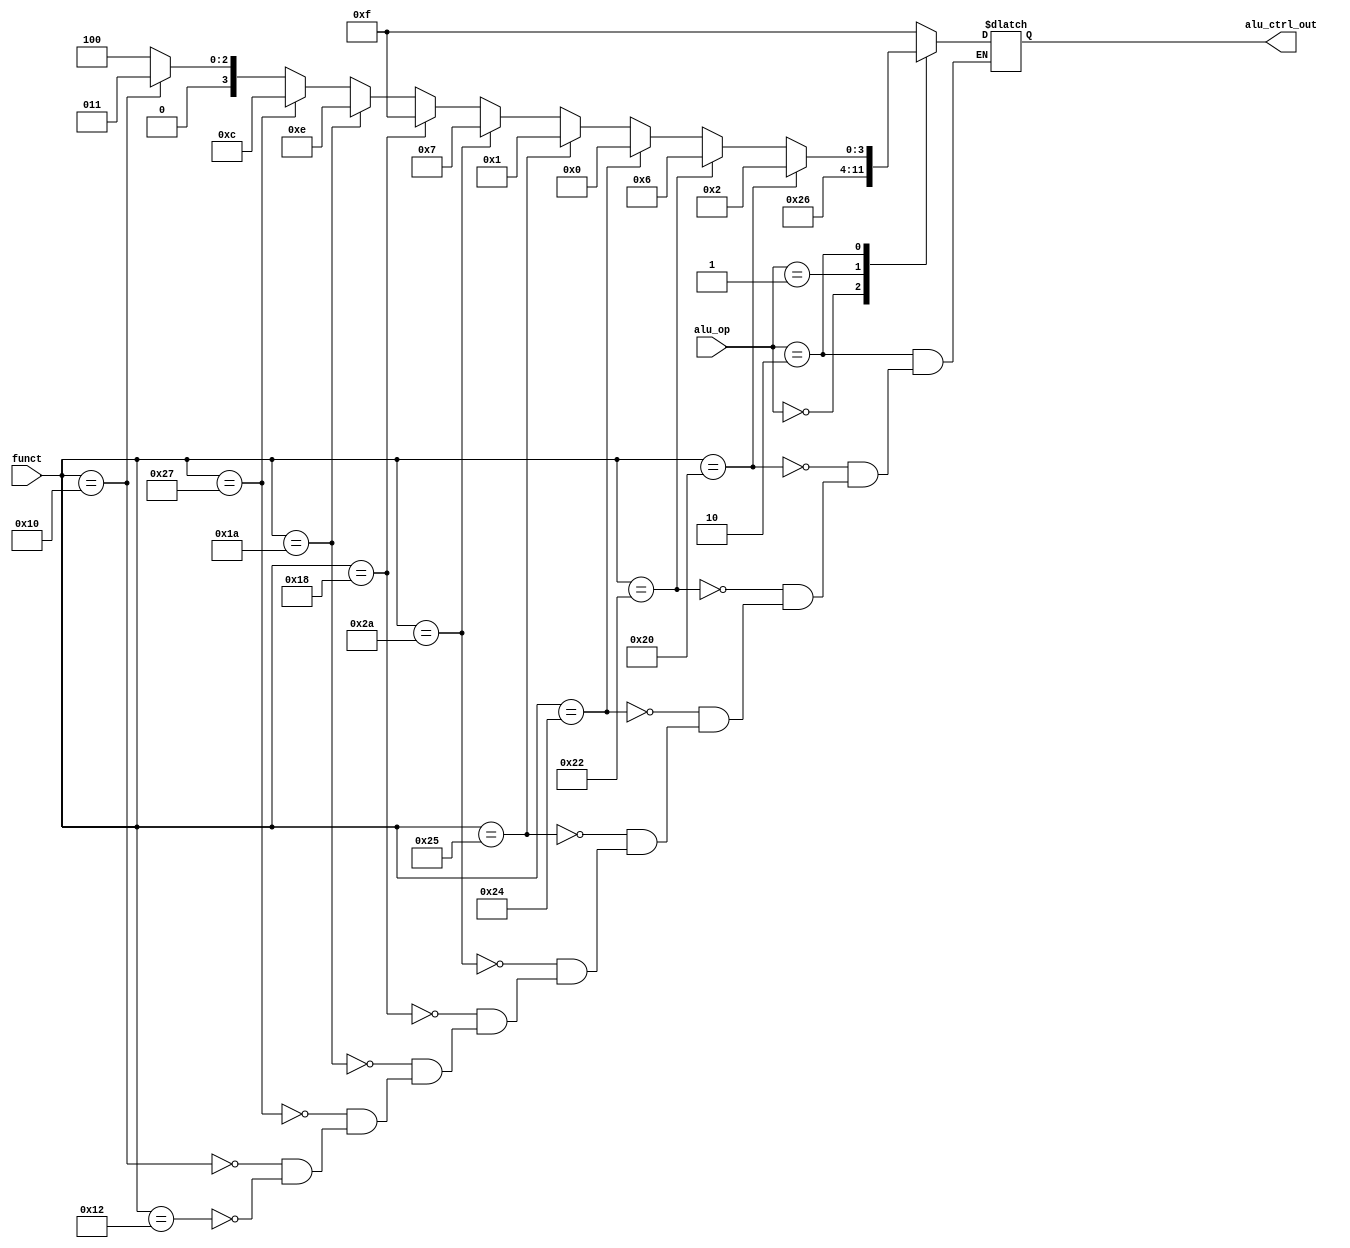
//ALU control Unit

//*****************************************************
/*
Alu control module : page no. 260(5th edition) fig. 4.12
AluOp : 2 bits
Funtion : 6 bits
Alu Control : 4 bits

ALUoperation    | AluOp| Function| AluControl
lw              |  00  | xxxxxx  |  0010
sw              |  00  | xxxxxx  |  0010
Branch equal    |  01  | xxxxxx  |  0110
add             |  10  | 100000  |  0010
subtract        |  10  | 100010  |  0110
AND             |  10  | 100100  |  0000
OR              |  10  | 100101  |  0001
set on less than|  10  | 101010  |  0111
NOR				 |  10  | 100111  |  

*/
//*****************************************************
module alu_control(
       input [1:0] alu_op, // 2 bit control field
	   input [5:0] funct, // 6 bits function field
	   output reg [3:0] alu_ctrl_out // 4 bit output as ALU control input to ALU.
	   );
	  
always @(alu_op, funct)
	begin
		case(alu_op)
			2'b00	: alu_ctrl_out <=  4'b0010; //for load and store
			2'b01	: alu_ctrl_out <= 4'b0110;
			2'b10	: if(funct == 6'b100000) begin alu_ctrl_out <=  4'b0010; end
					  else if(funct == 6'b100010) begin alu_ctrl_out <=  4'b0110; end
					  else if(funct == 6'b100100) begin alu_ctrl_out <=  4'b0000; end
					  else if(funct == 6'b100101) begin alu_ctrl_out <=  4'b0001; end
					  else if(funct == 6'b101010) begin alu_ctrl_out <=  4'b0111; end
					  else if(funct == 6'b011000) begin alu_ctrl_out <=  4'b1111; end // mult
					  else if(funct == 6'b011010) begin alu_ctrl_out <=  4'b1110; end // divide 
					  else if(funct == 6'b100111) begin alu_ctrl_out <=  4'b1100; end // NOR
					  else if(funct == 6'b010000) begin alu_ctrl_out <=  4'b0011; end // MFHI
					  else if(funct == 6'b010010) begin alu_ctrl_out <=  4'b0100; end // MFLO
			default	: alu_ctrl_out <=  4'b1111;
	    endcase
	end	
endmodule